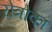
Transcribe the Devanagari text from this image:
रोत्रोका